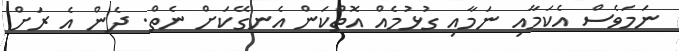
ނަމަވެސް އެކަމާއި ނަމާއި ގުޅުމެއް އޮތްކަން އެނގޭކަށް ނެތް. ދެން އެ ރަށް